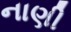
નાણી